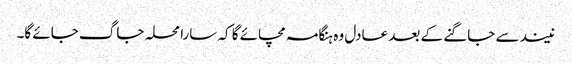
نیند سے جاگنے کے بعد عادل وہ ہنگامہ مچائے گا کہ سارا محلہ جاگ جائے گا۔